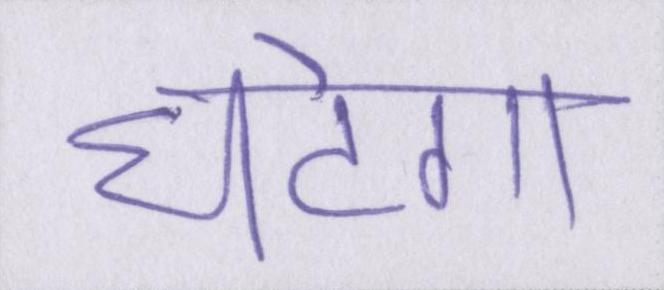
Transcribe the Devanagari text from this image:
घटेगा